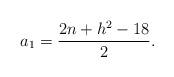
LaTeX: \begin{align*}a_1=\frac{2n+h^2-18}{2}.\end{align*}